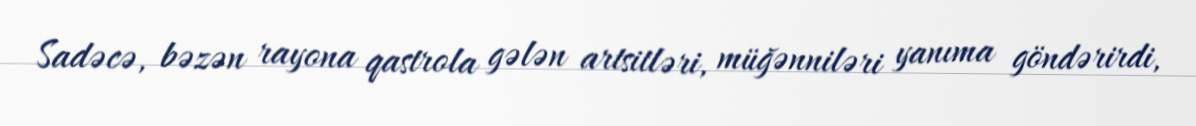
Sadəcə, bəzən rayona qastrola gələn artsitləri, müğənniləri yanıma göndərirdi,